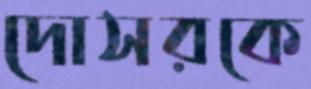
দোসরকে